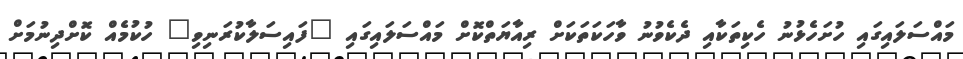
މައްސަލައިގައި ހުށަހެޅުނު ހެކިތަކާއި ދެކެވުނު ވާހަކަތަކަށް ރިއާޔަތްކޮށް މައްސަލައިގައި "ފައިސަލާކުރަނިވި" ހުކުމެއް ކޮށްދިނުމަށް